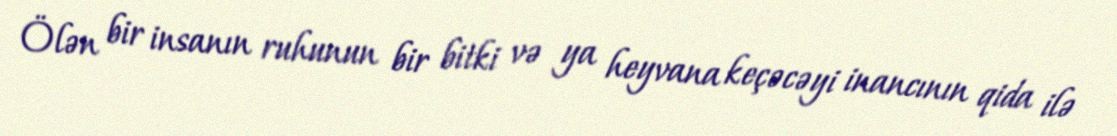
Ölən bir insanın ruhunun bir bitki və ya heyvana keçəcəyi inancının qida ilə